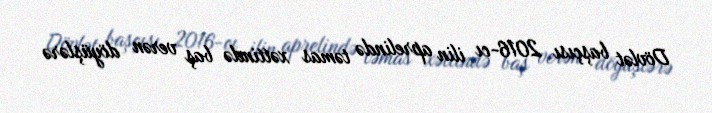
Dövlət başçısı 2016-cı ilin aprelində təmas xəttində baş verən döyüşlərə